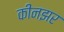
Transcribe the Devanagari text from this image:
कीनझर